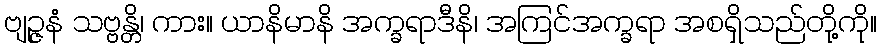
ဗျဉ္ဇနံ သဗ္ဗန္တိ၊ ကား။ ယာနိမာနိ အက္ခရာဒီနိ၊ အကြင်အက္ခရာ အစရှိသည်တို့ကို။